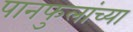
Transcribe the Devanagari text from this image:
पानफुलांच्या